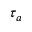
\tau _ { a }